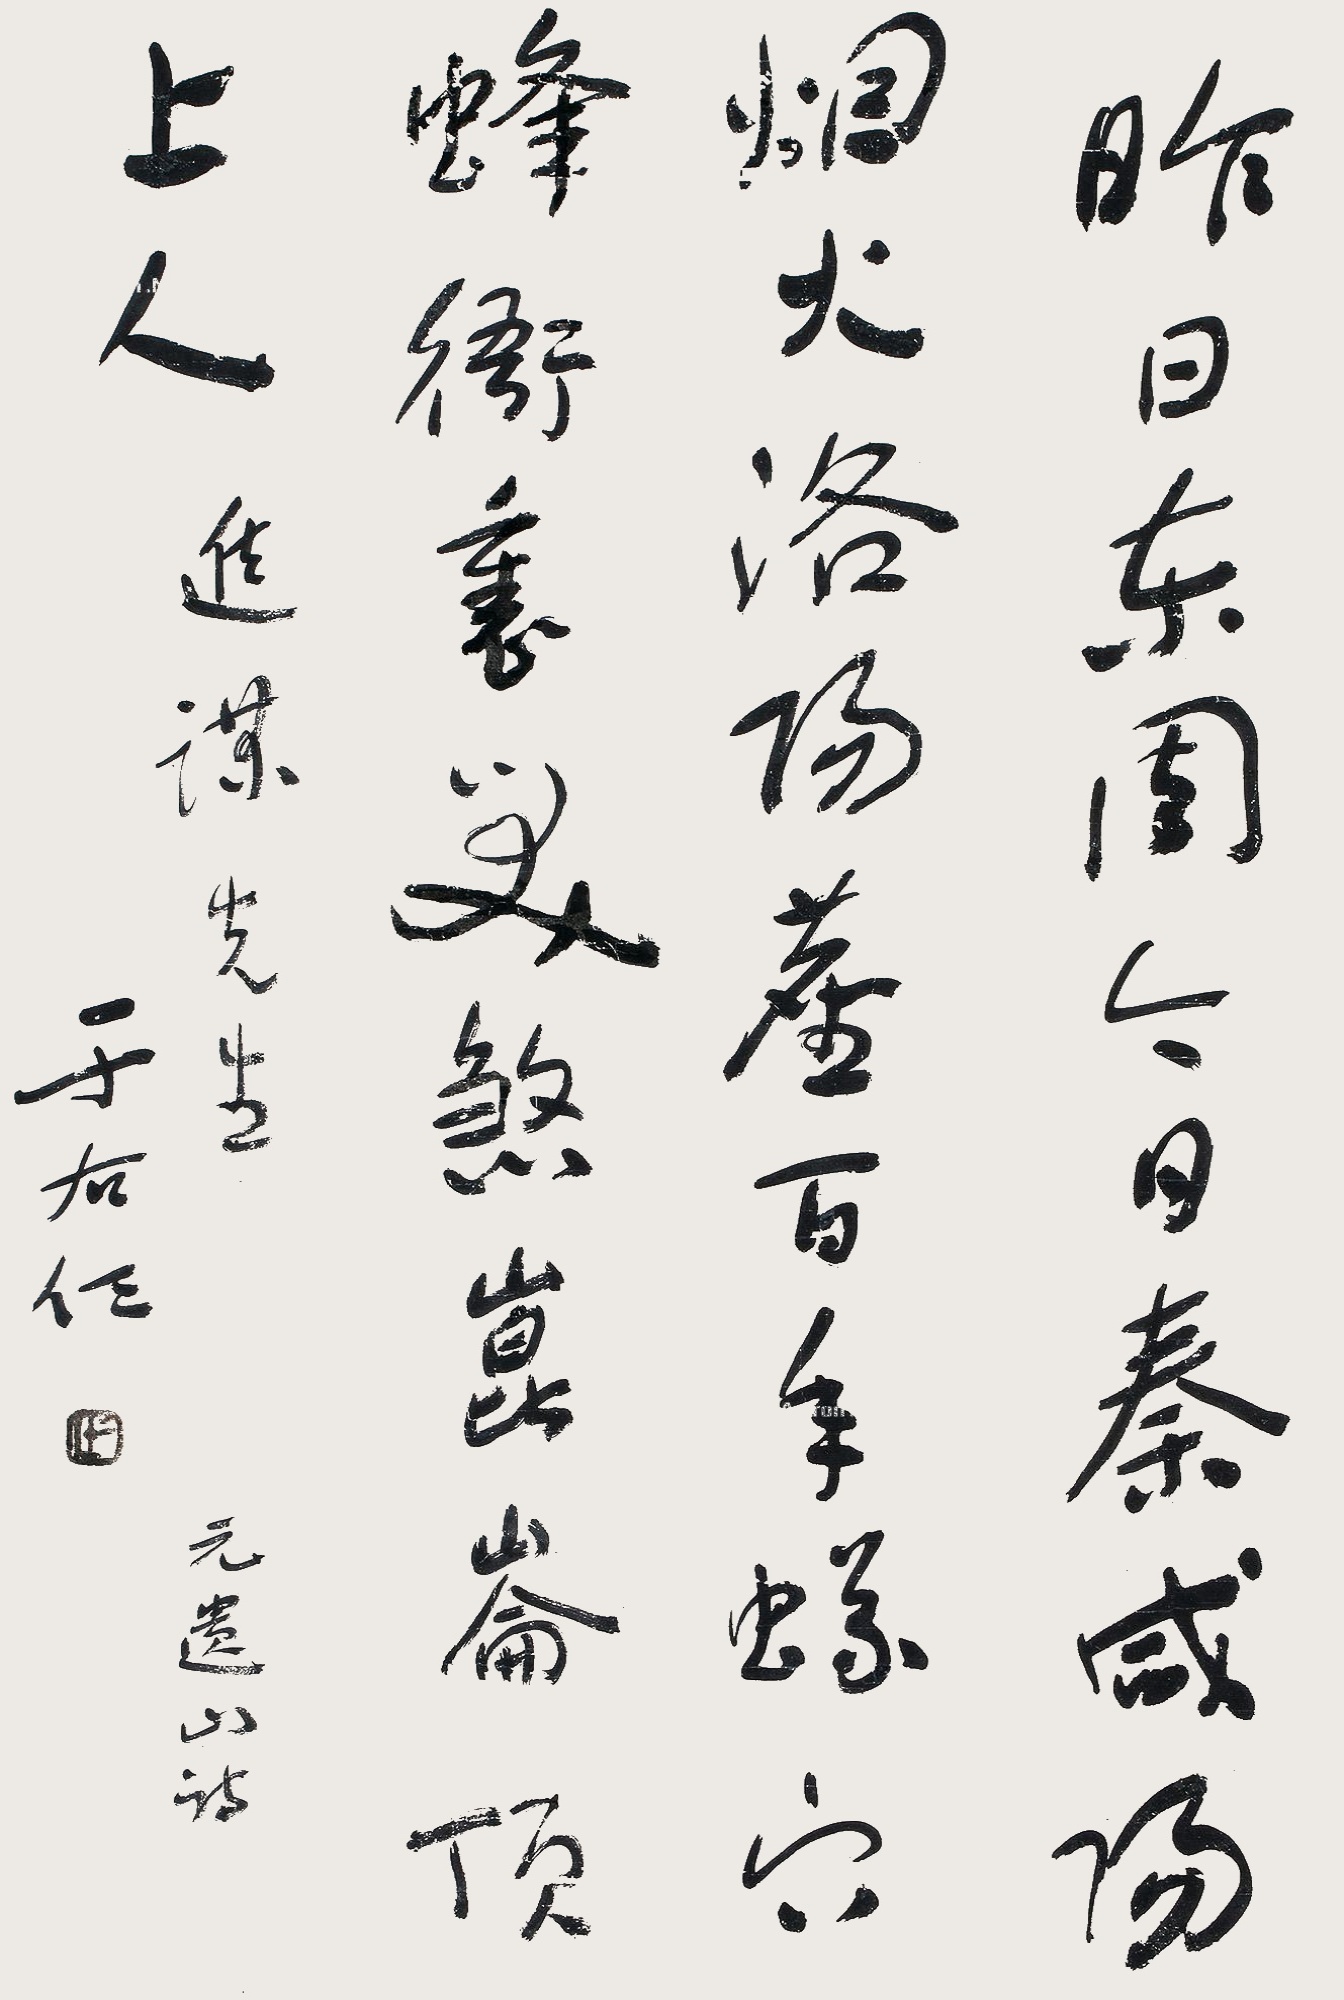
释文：昨日东周今日秦，咸阳烟火洛阳尘；百年蚁穴蜂衙里，笑煞昆仑顶上人。近谋先生，元遗山诗。于右任。